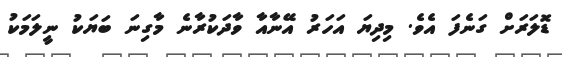
ޑޮލަރަށް ގަނެފަ އެވެ. މިދިޔަ އަހަރު އޭނާއާ ވާދަކުރާނެ މާގިނަ ބަޔަކު ނީލަމަކު